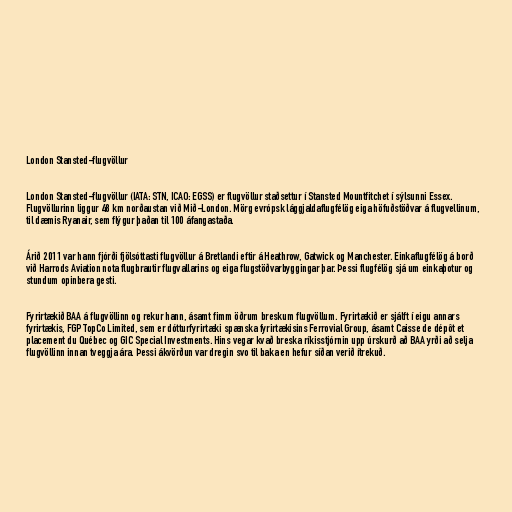
London Stansted-flugvöllur

London Stansted-flugvöllur (IATA: STN, ICAO: EGSS) er flugvöllur staðsettur í Stansted Mountfitchet í sýlsunni Essex.
Flugvöllurinn liggur 48 km norðaustan við Mið-London. Mörg evrópsk lággjaldaflugfélög eiga höfuðstöðvar á flugvellinum,
til dæmis Ryanair, sem flýgur þaðan til 100 áfangastaða.

Árið 2011 var hann fjórði fjölsóttasti flugvöllur á Bretlandi eftir á Heathrow, Gatwick og Manchester. Einkaflugfélög á borð
við Harrods Aviation nota flugbrautir flugvallarins og eiga flugstöðvarbyggingar þar. Þessi flugfélög sjá um einkaþotur og
stundum opinbera gesti.

Fyrirtækið BAA á flugvöllinn og rekur hann, ásamt fimm öðrum breskum flugvöllum. Fyrirtækið er sjálft í eigu annars
fyrirtækis, FGP TopCo Limited, sem er dótturfyrirtæki spænska fyrirtækisins Ferrovial Group, ásamt Caisse de dépôt et
placement du Québec og GIC Special Investments. Hins vegar kvað breska ríkisstjórnin upp úrskurð að BAA yrði að selja
flugvöllinn innan tveggja ára. Þessi ákvörðun var dregin svo til baka en hefur síðan verið ítrekuð.